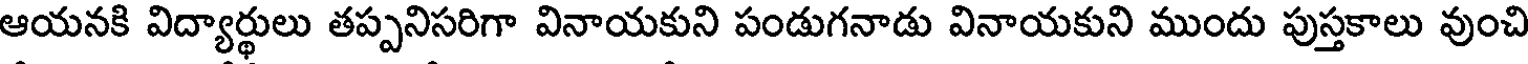
ఆయనకి విద్యార్థులు తప్పనిసరిగా వినాయకుని పండుగనాడు వినాయకుని ముందు పుస్తకాలు వుంచి